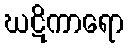
ဃဋိကာရော